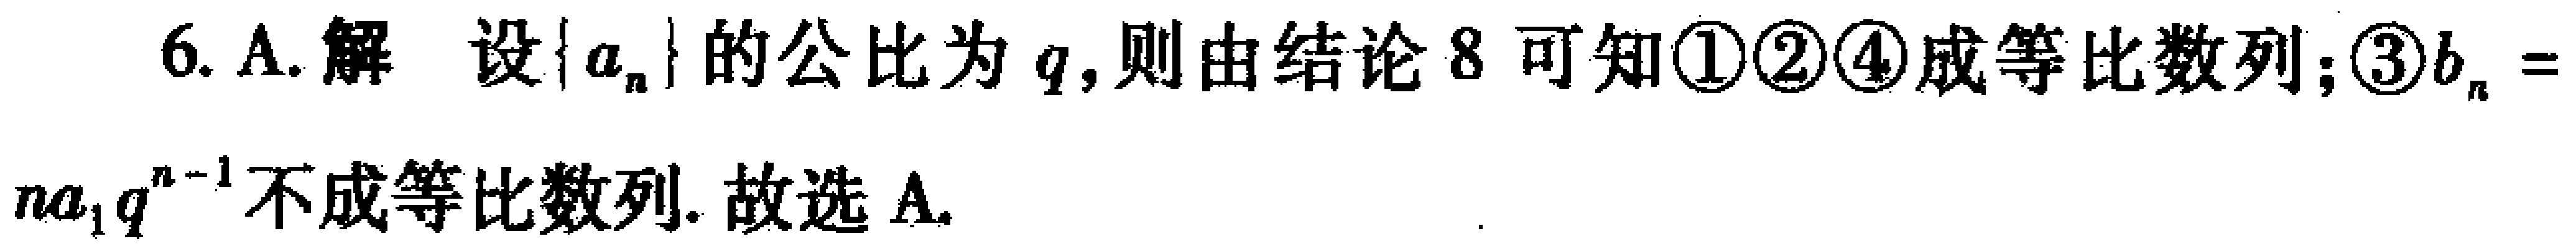
6. A. 解 设\(\{a_{n}\}\)的公比为\(q\)，则由结论8可知\textcircled{1}\textcircled{2}\textcircled{4}成等比数列；\textcircled{3}\(b_{n}=na_{1}q^{n - 1}\)不成等比数列. 故选A.